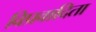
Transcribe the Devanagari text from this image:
विप्रवादिता